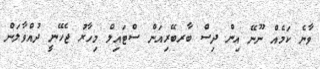
ވާނެ ކަމެއް ނޫނޭ އިން ދިސް ބާރބޭރިއަން ސްޓައިލް މިހާރު ޖެހޭނީ ދުއްވާލަން